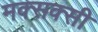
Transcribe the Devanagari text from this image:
मक्सक्सी